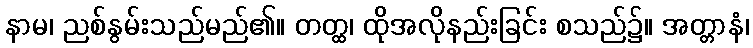
နာမ၊ ညစ်နွမ်းသည်မည်၏။ တတ္ထ၊ ထိုအလိုနည်းခြင်း စသည်၌။ အတ္တာနံ၊